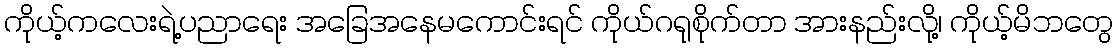
ကိုယ့်ကလေးရဲ့ပညာရေး အခြေအနေမကောင်းရင် ကိုယ်ဂရုစိုက်တာ အားနည်းလို့၊ ကိုယ့်မိဘတွေ